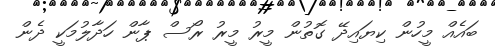
ބައެއް މީހުން ކިޔައިދޭ ގޮތުން މީރު މީރު ރޯސް ޕާން ހަދާލުމަކީ ދެން